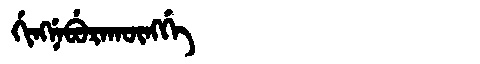
Manchu: ᡤᡳᠩᠨᡝᠪᡠᡵᠠᡴᡡᠩᡤᡝ
Romanization: GINGNEBURAKŪNGGE